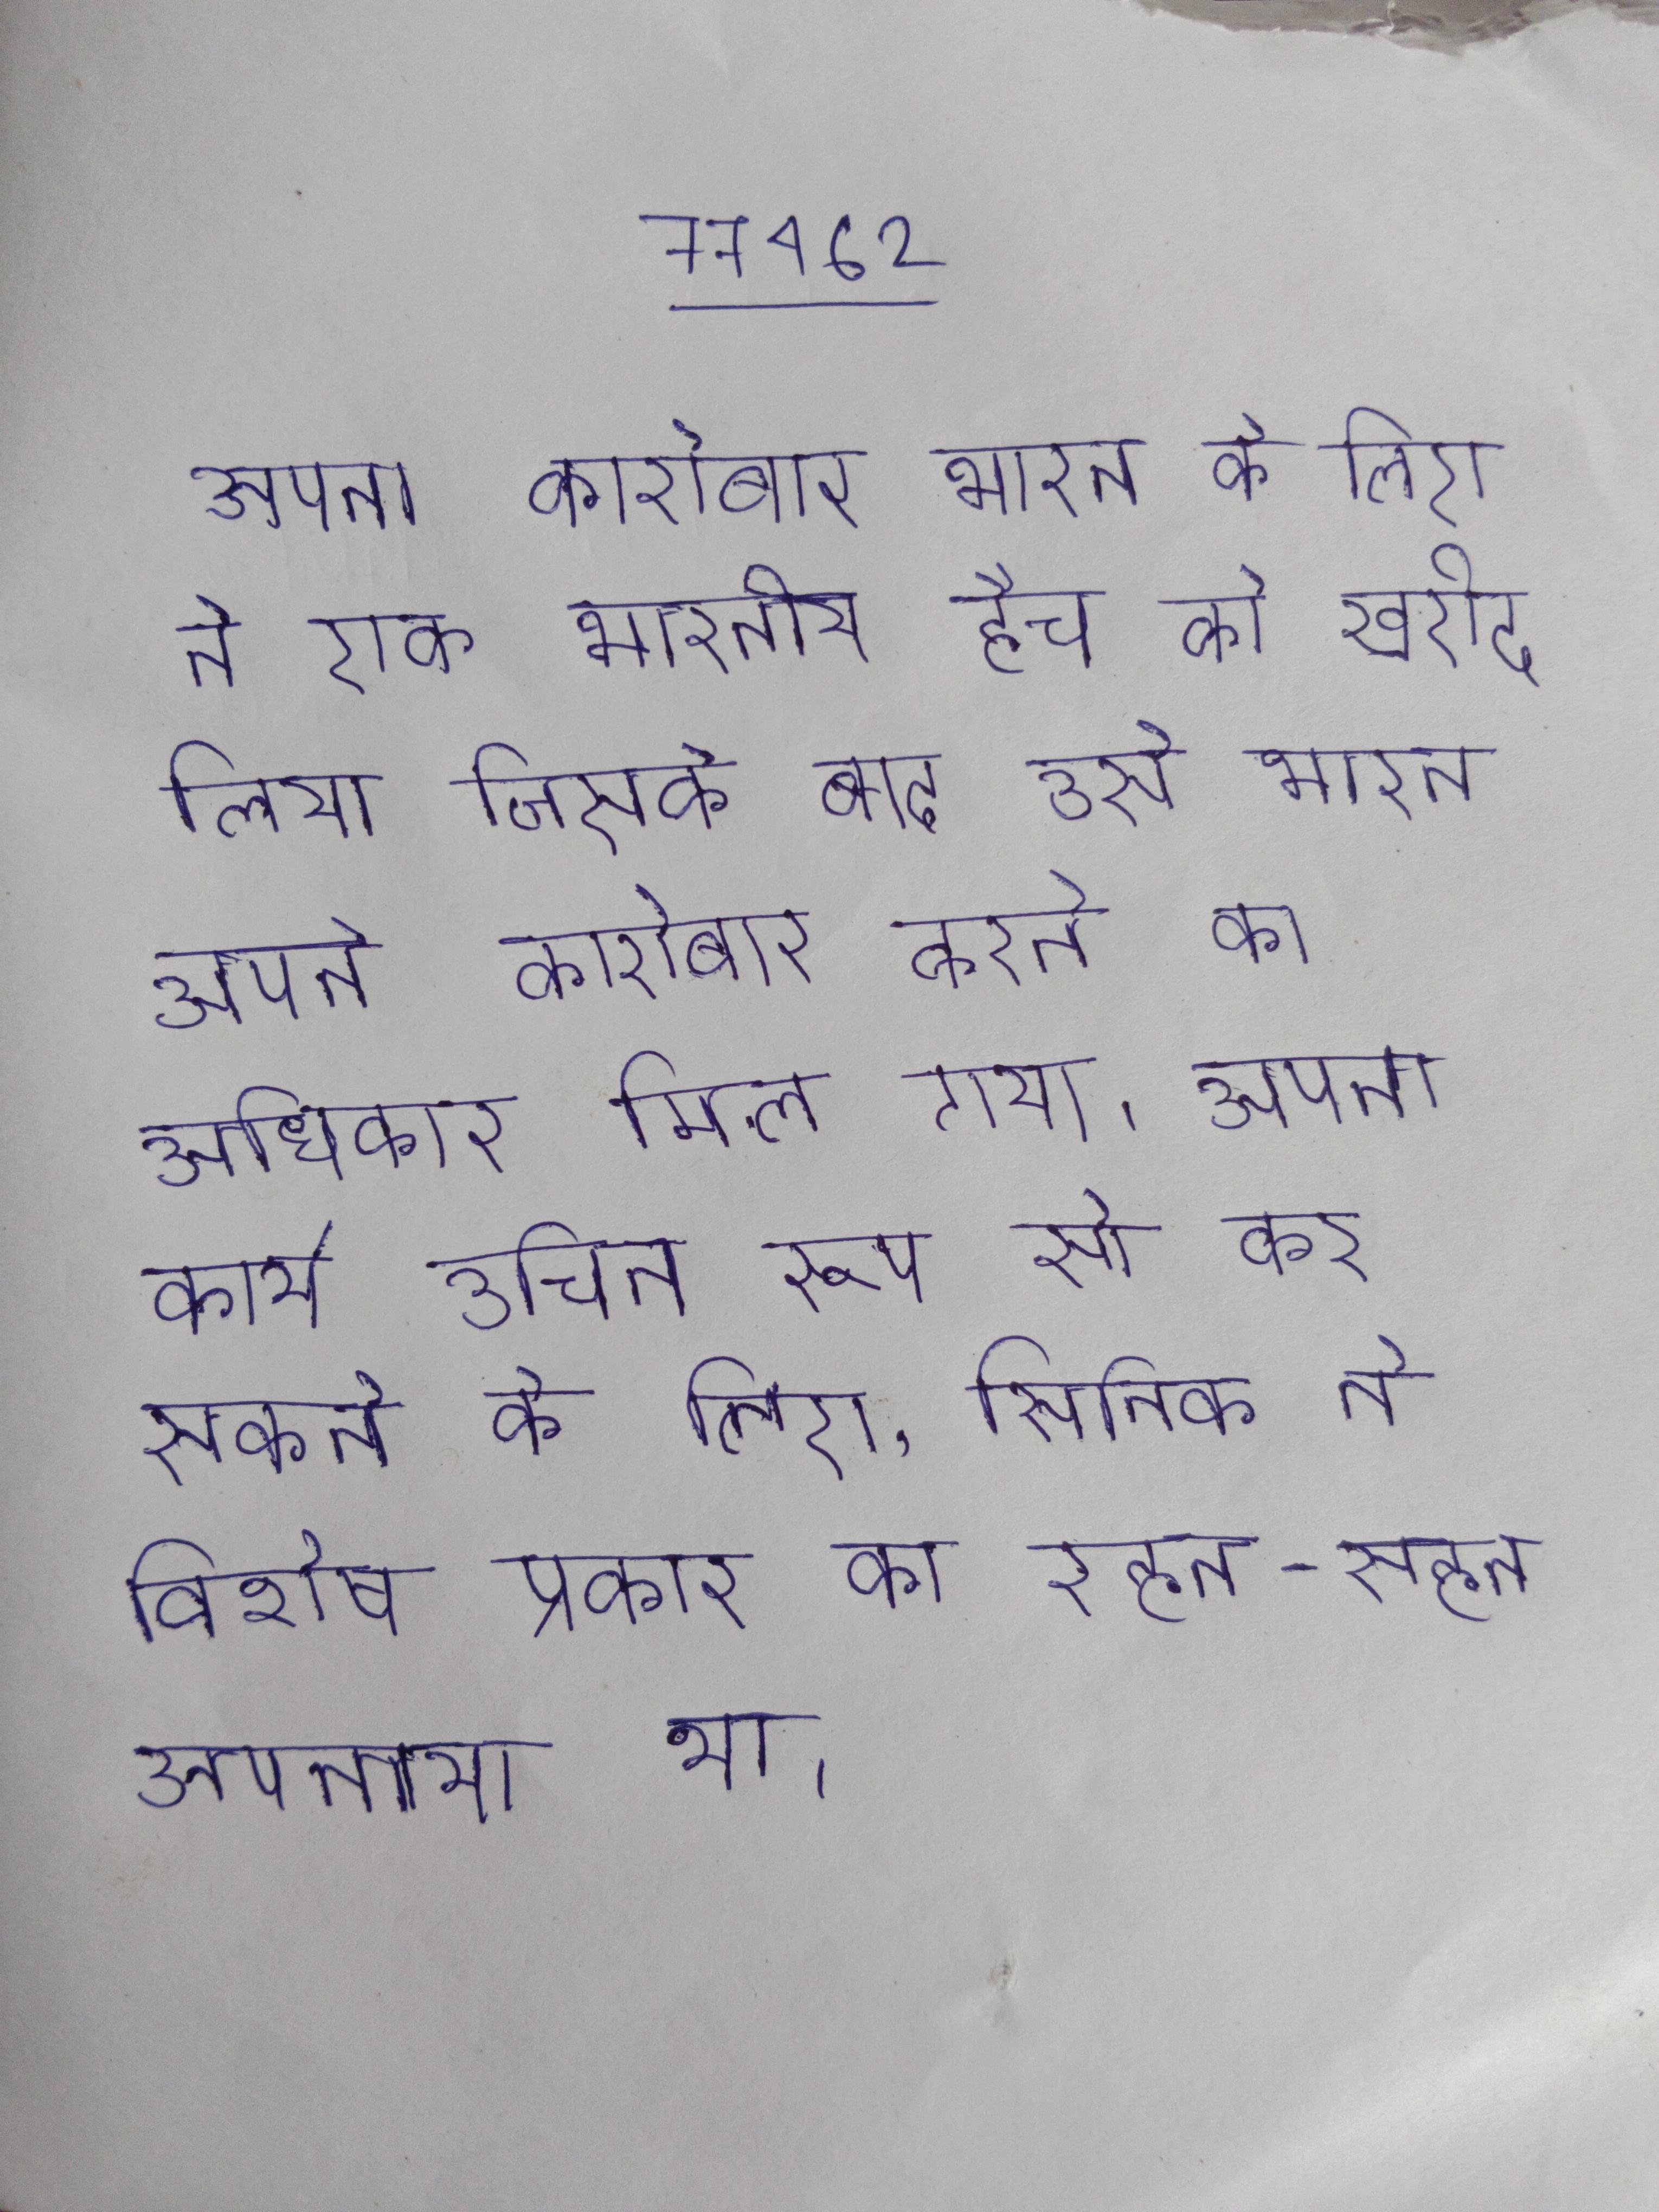
अपना कारोबार भारत के लिए ने एक भारतीय हैच को खरीद लिया जिसके बाद उसे भारत अपने कारोबार करने का अधिकार मिल गया । अपना कार्य उचित रूप से कर सकने के लिए, सिनिक ने विशेष प्रकार का रहन-सहन अपनाया था ।